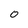
Character: 0